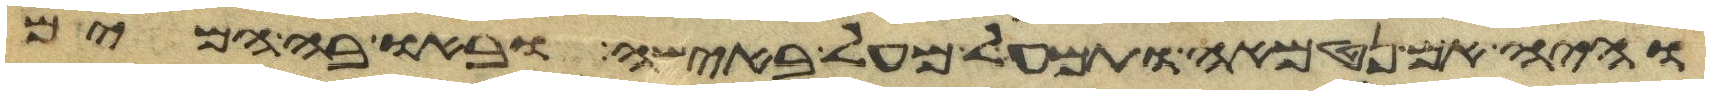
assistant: והיה אם נטמאה ותמעל מעל באישה ובאו בה המים